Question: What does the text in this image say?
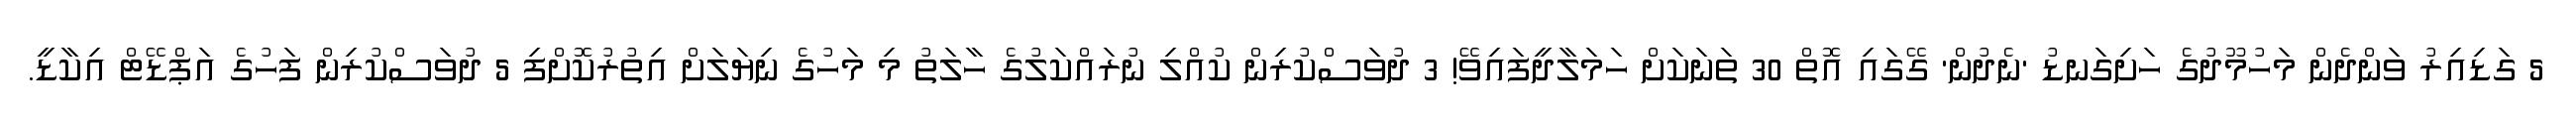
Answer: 5 ގަޑިއިރު ވަންދެން މަހުމޫދުގެ ހަށިގަނޑު 'ނެދުން' ގޭގައި އޮތް 30 ތަނަކަށް ހަމަލާދީފައިވޭ! 3 ދުވަސްކުރިން ކުއްލި ނުރައްކަލުގެ ހާލަތު މި މަހުގެ ނިޔަލަށް އިތުރުކޮށްފި 5 ދުވަސްކުރިން ފަހުގެ އަޕްޑޭޓް އިކާޑީ.